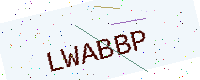
Text: LWABBP